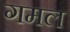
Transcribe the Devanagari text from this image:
गमल